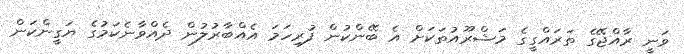
ވަނީ ރާއްޖޭގެ ތަރައްގީގެ މަޝްރޫއުތަކަށް އެ ބޭންކުން ފުރިހަމަ އެއްބާރުލުން ދެއްވާނެކަމުގެ ޔަގީންކަން